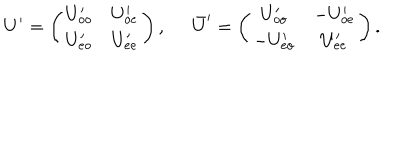
U ^ { \prime } = \left( \begin{array} { c c } { { U _ { o o } ^ { \prime } } } & { { U _ { o e } ^ { \prime } } } \\ { { U _ { e o } ^ { \prime } } } & { { U _ { e e } ^ { \prime } } } \\ \end{array} \right) , \; \; \bar { U } ^ { \prime } = \left( \begin{array} { c c } { { U _ { o o } ^ { \prime } } } & { { - U _ { o e } ^ { \prime } } } \\ { { - U _ { e o } ^ { \prime } } } & { { U _ { e e } ^ { \prime } } } \\ \end{array} \right) .